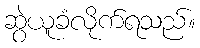
ဆွဲယူခံလိုက်ရသည်။